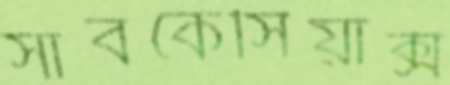
সাবকেসিয়াক্স